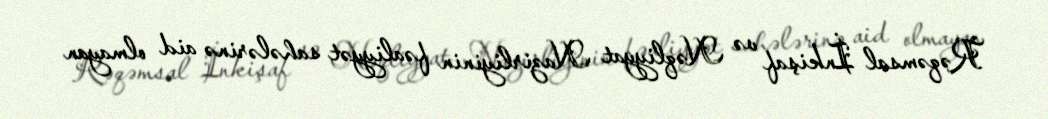
Rəqəmsal İnkişaf və Nəqliyyat Nazirliyinin fəaliyyət sahələrinə aid olmayan